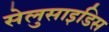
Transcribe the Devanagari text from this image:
सेलुसाइडिस